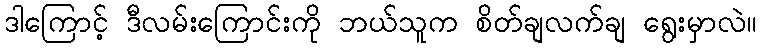
ဒါကြောင့် ဒီလမ်းကြောင်းကို ဘယ်သူက စိတ်ချလက်ချ ရွေးမှာလဲ။